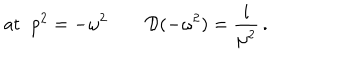
LaTeX: \mathrm { a t } \; \; p ^ { 2 } = - \omega ^ { 2 } \qquad { \cal D } ( - \omega ^ { 2 } ) = \frac { i } { \mu ^ { 2 } } \, .